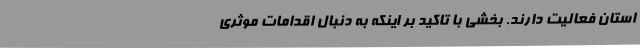
استان فعالیت دارند. بخشی با تاکید بر اینکه به دنبال اقدامات موثری